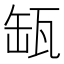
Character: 缻